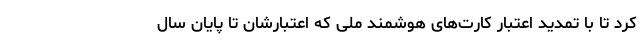
کرد تا با تمدید اعتبار کارت‌های هوشمند ملی که اعتبارشان تا پایان سال